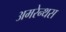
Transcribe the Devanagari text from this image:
अमरेन्थस